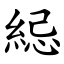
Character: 䋟